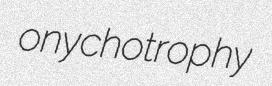
onychotrophy